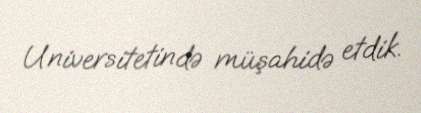
Universitetində müşahidə etdik.